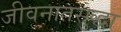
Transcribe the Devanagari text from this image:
जीवनातसुद्धा